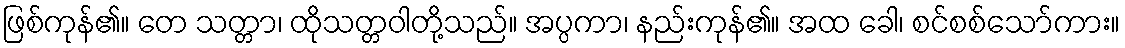
ဖြစ်ကုန်၏။ တေ သတ္တာ၊ ထိုသတ္တဝါတို့သည်။ အပ္ပကာ၊ နည်းကုန်၏။ အထ ခေါ၊ စင်စစ်သော်ကား။